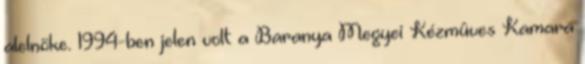
alelnöke. 1994-ben jelen volt a Baranya Megyei Kézmûves Kamara